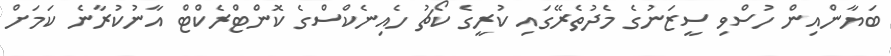
ބަޔާންއިން ހުސްވި ސީޒަނުގެ މެދުތެރޭގައި ކުރީގެ ކޯޗު ހެއިނެކްސްގެ ކޮންޓްރެކްޓް އާނުކުރާނެ ކަމަށް